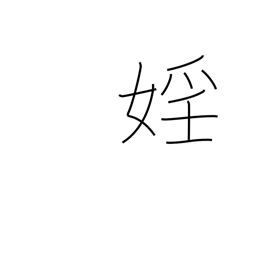
Meaning: lewdness